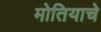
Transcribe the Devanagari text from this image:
मोतियाचे